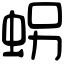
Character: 𧊅